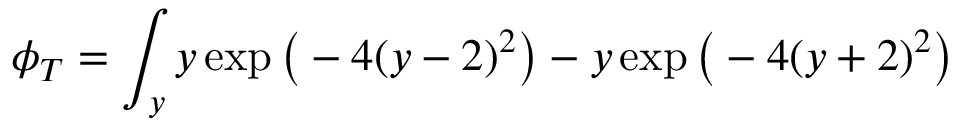
\phi _ { T } = \int _ { y } y \exp \big ( - 4 ( y - 2 ) ^ { 2 } \big ) - y \exp \big ( - 4 ( y + 2 ) ^ { 2 } \big )